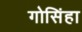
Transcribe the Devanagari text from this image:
गोसिंहा